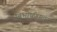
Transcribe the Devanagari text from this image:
बिभीषणाला